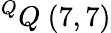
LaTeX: ^{Q}Q\ (7,7)